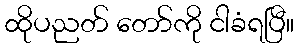
ထိုပညတ် တော်ကို ငါခံရပြီ။